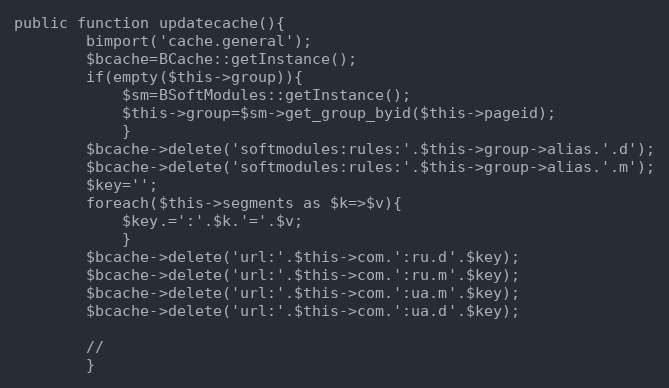
Language: PHP
public function updatecache(){
		bimport('cache.general');
		$bcache=BCache::getInstance();
		if(empty($this->group)){
			$sm=BSoftModules::getInstance();
			$this->group=$sm->get_group_byid($this->pageid);
			}
		$bcache->delete('softmodules:rules:'.$this->group->alias.'.d');
		$bcache->delete('softmodules:rules:'.$this->group->alias.'.m');
		$key='';
		foreach($this->segments as $k=>$v){
			$key.=':'.$k.'='.$v;
			}
		$bcache->delete('url:'.$this->com.':ru.d'.$key);
		$bcache->delete('url:'.$this->com.':ru.m'.$key);
		$bcache->delete('url:'.$this->com.':ua.m'.$key);
		$bcache->delete('url:'.$this->com.':ua.d'.$key);

		//
		}